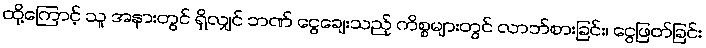
ထို့ကြောင့် သူ အနားတွင် ရှိလျှင် ဘဏ် ငွေချေးသည့် ကိစ္စများတွင် လာဘ်စားခြင်း၊ ငွေဖြတ်ခြင်း